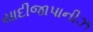
યાદીજાપાનીઝ